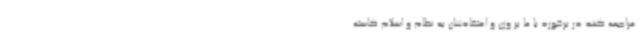
مراجعه کنند در برخورد با ما بر وزن و اعتقادشان به نظام و اسلام کاسته